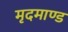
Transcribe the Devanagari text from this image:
मृदमाण्ड